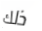
ذلك